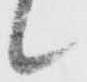
候